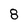
Character: 8